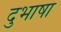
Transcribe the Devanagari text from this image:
दुभाषा